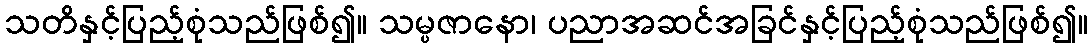
သတိနှင့်ပြည့်စုံသည်ဖြစ်၍။ သမ္ပဇာနော၊ ပညာအဆင်အခြင်နှင့်ပြည့်စုံသည်ဖြစ်၍။